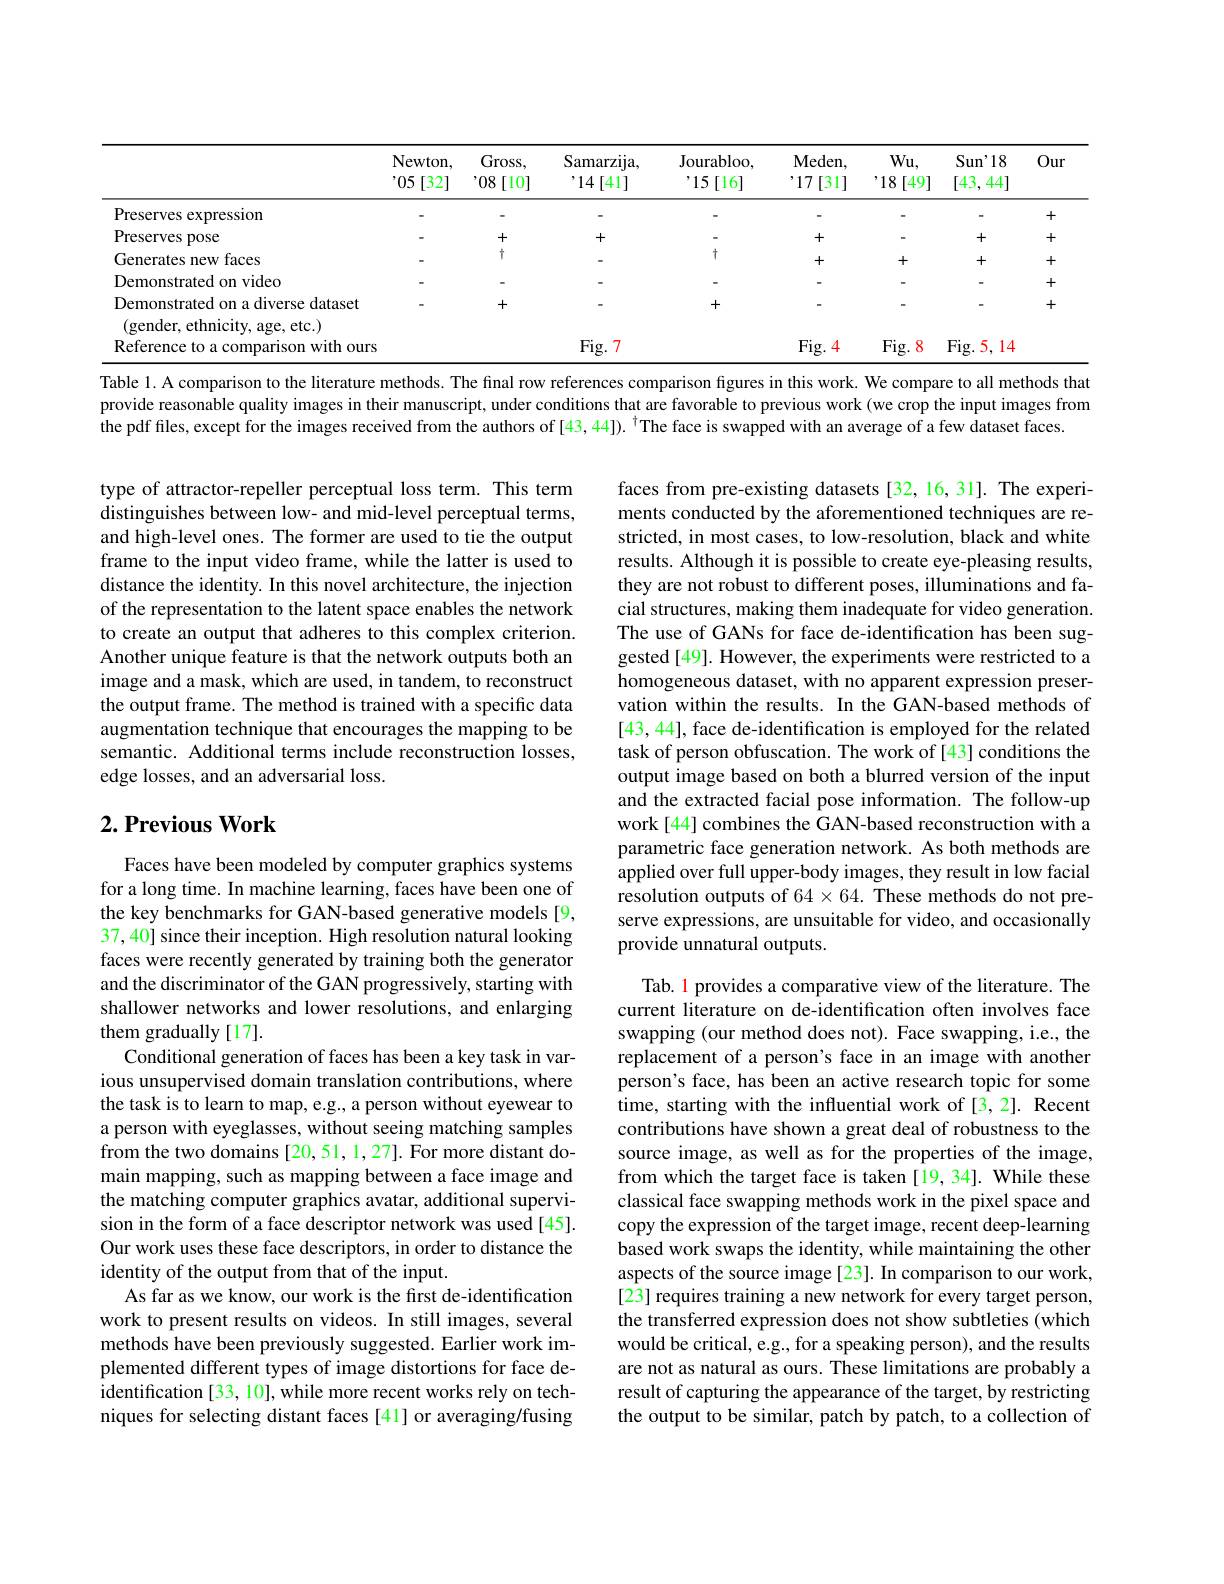
<table>
	<tbody>
		<tr>
			<th> </th>
			<th>Newton, $^{,}05\left[32\right]$</th>
			<th>$Gross$, ,08[10]</th>
			<th>Samarzija, ,14[41]</th>
			<th>Jourabloo, 15[16]</th>
			<th>Meden, 17[31]</th>
			<th>$Wu$, ,18[49]</th>
			<th>$\operatorname{Sun'18}$ [43,44]</th>
			<th>Our</th>
		</tr>
		<tr>
			<td>Preserves expression</td>
			<td> </td>
			<td> </td>
			<td> </td>
			<td> </td>
			<td> </td>
			<td> </td>
			<td> </td>
			<td>+</td>
		</tr>
		<tr>
			<td>Preserves pose</td>
			<td> </td>
			<td>+</td>
			<td>+</td>
			<td> </td>
			<td>+</td>
			<td> </td>
			<td>+</td>
			<td>+</td>
		</tr>
		<tr>
			<td>Generates new faces</td>
			<td> </td>
			<td>十</td>
			<td> </td>
			<td>十</td>
			<td>+</td>
			<td>+</td>
			<td>+</td>
			<td>+</td>
		</tr>
		<tr>
			<td>Demonstrated on video</td>
			<td> </td>
			<td> </td>
			<td> </td>
			<td> </td>
			<td> </td>
			<td> </td>
			<td> </td>
			<td>+</td>
		</tr>
		<tr>
			<td>Demonstrated on a diverse dataset (gender, ethnicity, age, etc.)</td>
			<td> </td>
			<td>+</td>
			<td> </td>
			<td>+</td>
			<td> </td>
			<td> </td>
			<td> </td>
			<td>+</td>
		</tr>
		<tr>
			<td>Reference to a comparison with ours</td>
			<td> </td>
			<td> </td>
			<td>$Fig.7$</td>
			<td> </td>
			<td>$Fig.4$</td>
			<td>$Fig.\xi$ 8</td>
			<td>Fig. 5 14</td>
			<td> </td>
		</tr>
	</tbody>
</table>

Table l. A comparison to the literature methods. The final row references comparison figures in this work. We compare to all methods that provide reasonable quality images in their manuscript, under conditions that are favorable to previous work (we crop the input images from the pdf files, except for the images received from the authors of [43, 44]). $^{\dagger}$The face is swapped with an average of a few dataset faces.

type of attractor-repeller perceptual loss term. This term distinguishes between low- and mid-level perceptual terms, and high-level ones. The former are used to tie the output frame to the input video frame, while the latter is used to distance the identity. In this novel architecture, the injection of the representation to the latent space enables the network to create an output that adheres to this complex criterion. Another unique feature is that the network outputs both an image and a mask, which are used, in tandem, to reconstruct the output frame. The method is trained with a specific data augmentation technique that encourages the mapping to be semantic. Additional terms include reconstruction losses, edge losses, and an adversarial loss.

faces from pre-existing datasets [32,16,31]. The experiments conducted by the aforementioned techniques are restricted, in most cases, to low-resolution, black and white results. Although it is possible to create eye-pleasing results, they are not robust to different poses, illuminations and facial structures, making them inadequate for video generation. The use of GANs for face de-identification has been suggested[49]. However, the experiments were restricted to a homogeneous dataset, with no apparent expression preservation within the results. In the GAN-based methods of [43, 44], face de-identification is employed for the related task of person obfuscation. The work of [43] conditions the output image based on both a blurred version of the input and the extracted facial pose information. The follow-up work[44] combines the GAN-based reconstruction with a parametric face generation network. As both methods are applied over full upper-body images, they result in low facial resolution outputs of $64\times64.$ These methods do not preserve expressions, are unsuitable for video, and occasionally provide unnatural outputs.

## $2. \textbf{Previous Work}$

Faces have been modeled by computer graphics systems for a long time. In machine learning, faces have been one of the key benchmarks for GAN-based generative models [9, 37,40] since their inception. High resolution natural looking faces were recently generated by training both the generator and the discriminator of the GAN progressively, starting with shallower networks and lower resolutions, and enlarging them gradually [17].
Conditional generation of faces has been a key task in various unsupervised domain translation contributions, where the task is to learn to map, e.g., a person without eyewear to a person with eyeglasses, without seeing matching samples from the two domains [20,51,1,27]. For more distant domain mapping, such as mapping between a face image and the matching computer graphics avatar, additional supervision in the form of a face descriptor network was used [45]. Our work uses these face descriptors, in order to distance the identity of the output from that of the input.
As far as we know, our work is the first de-identification work to present results on videos. In still images, several methods have been previously suggested. Earlier work implemented different types of image distortions for face deidentification [33, 10], while more recent works rely on techniques for selecting distant faces [41] or averaging/fusing

Tab. 1 provides a comparative view of the literature. The current literature on de-identification often involves face swapping (our method does not). Face swapping, i.e., the replacement of a person's face in an image with another person's face, has been an active research topic for some time, starting with the influential work of [3,2]. Recent contributions have shown a great deal of robustness to the source image, as well as for the properties of the image, from which the target face is taken [19, 34]. While these classical face swapping methods work in the pixel space and copy the expression of the target image, recent deep-learning based work swaps the identity, while maintaining the other aspects of the source image [23]. In comparison to our work, [23] requires training a new network for every target person, the transferred expression does not show subtleties (which would be critical, e.g., for a speaking person), and the results are not as natural as ours. These limitations are probably a result of capturing the appearance of the target, by restricting the output to be similar, patch by patch, to a collection of